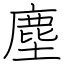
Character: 塵